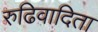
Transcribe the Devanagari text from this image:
रुढिवादिता